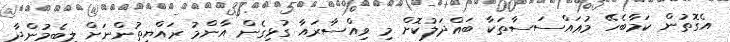
އެގޮތުން ކަމާބެހޭ މުޢައްސަސާތަކާ ބައްދަލުކޮށް މި ވިއްސާރައާ ގުޅިގެން އާންމު ރައްޔިތުންނަށް ލިބެމުންދާ